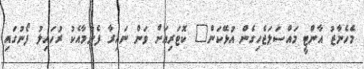
މެހެނާޒު އާންޓީ މައްސަލަޖެހިގެން އުޅޭކަން" ކޮޓަރިއަށް ވަން ނައިރާ ފެނުމާއެކު ރުހައިލު ފޯނުގައި